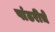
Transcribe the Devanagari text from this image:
पांढरीचे